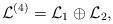
LaTeX: \begin{align*}{\mathcal{L}}^{(4)}={\mathcal{L}}_1\oplus{\mathcal{L}}_2,\end{align*}